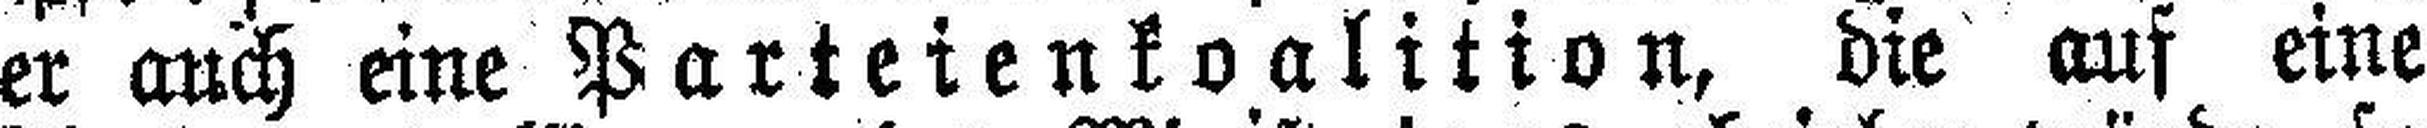
er auch eine Parteienkoalition, die auf eine